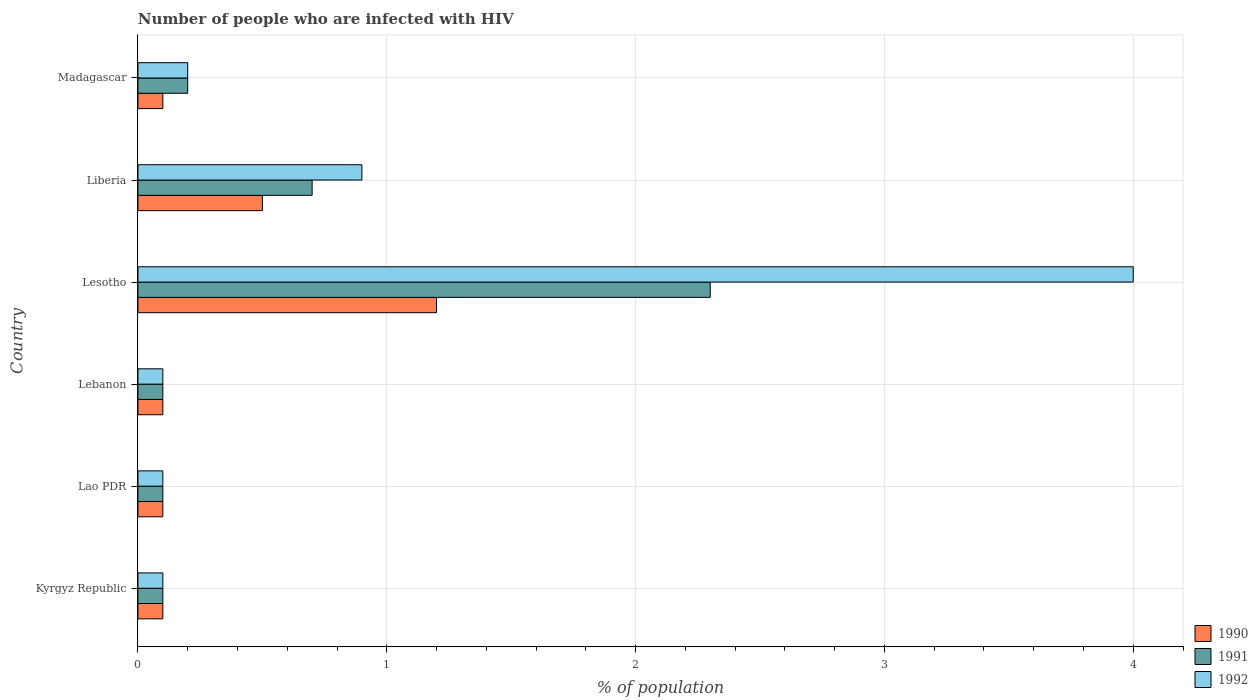
| Country | 1990 | 1991 | 1992 |
 | --- | --- | --- | --- |
 | Kyrgyz Republic | 0.1 | 0.1 | 0.1 |
 | Lao PDR | 0.1 | 0.1 | 0.1 |
 | Lebanon | 0.1 | 0.1 | 0.1 |
 | Lesotho | 1.2 | 2.3 | 4 |
 | Liberia | 0.5 | 0.7 | 0.9 |
 | Madagascar | 0.1 | 0.2 | 0.2 |